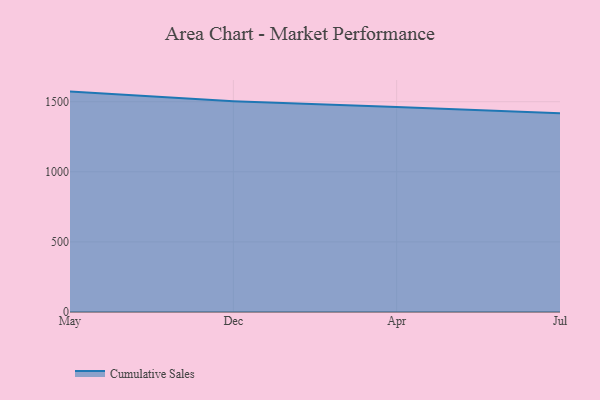
{"axis": {"x": "Month", "y": "Waste Production (Tons)"}, "legend": ["Cumulative Sales"], "data": [{"x": "May", "y": 1572.1, "type": "Cumulative Sales"}, {"x": "Dec", "y": 1504.1, "type": "Cumulative Sales"}, {"x": "Apr", "y": 1461.8, "type": "Cumulative Sales"}, {"x": "Jul", "y": 1417.3, "type": "Cumulative Sales"}]}